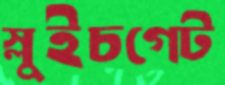
স্লুইচগেট